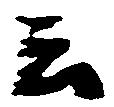
云